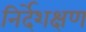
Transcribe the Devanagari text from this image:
निर्देशक्षण